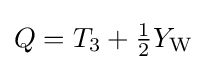
Q=T_{3}+{\tfrac {1}{2}}Y_{\text{W}}~